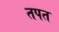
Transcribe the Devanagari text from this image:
तपत